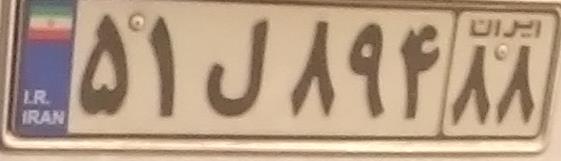
۵۱ل۸۹۴۸۸